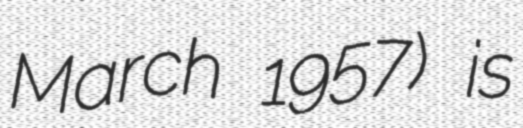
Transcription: March 1957) is